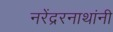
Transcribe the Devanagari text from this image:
नरेंद्ररनाथांनी